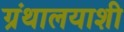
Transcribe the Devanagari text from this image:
ग्रंथालयाशी